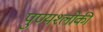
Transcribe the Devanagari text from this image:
पुण्‍यश्‍लोकी